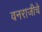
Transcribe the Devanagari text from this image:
वनराजीचे